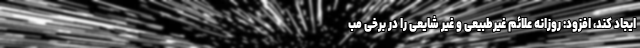
ایجاد کند، افزود: روزانه علائم غیرطبیعی و غیر شایعی را در برخی مب